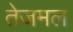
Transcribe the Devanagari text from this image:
तेजमल